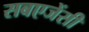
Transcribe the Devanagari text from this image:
सबएजेंसी